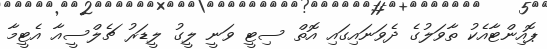
ޕޮއިންޓާއެކު ތާވަލުގެ ދެވަނައިގައި އޮތް ސިޓީ ވަނީ ލީގު ލީޑަރު ޗެލްސީއާ އެޓީމާ